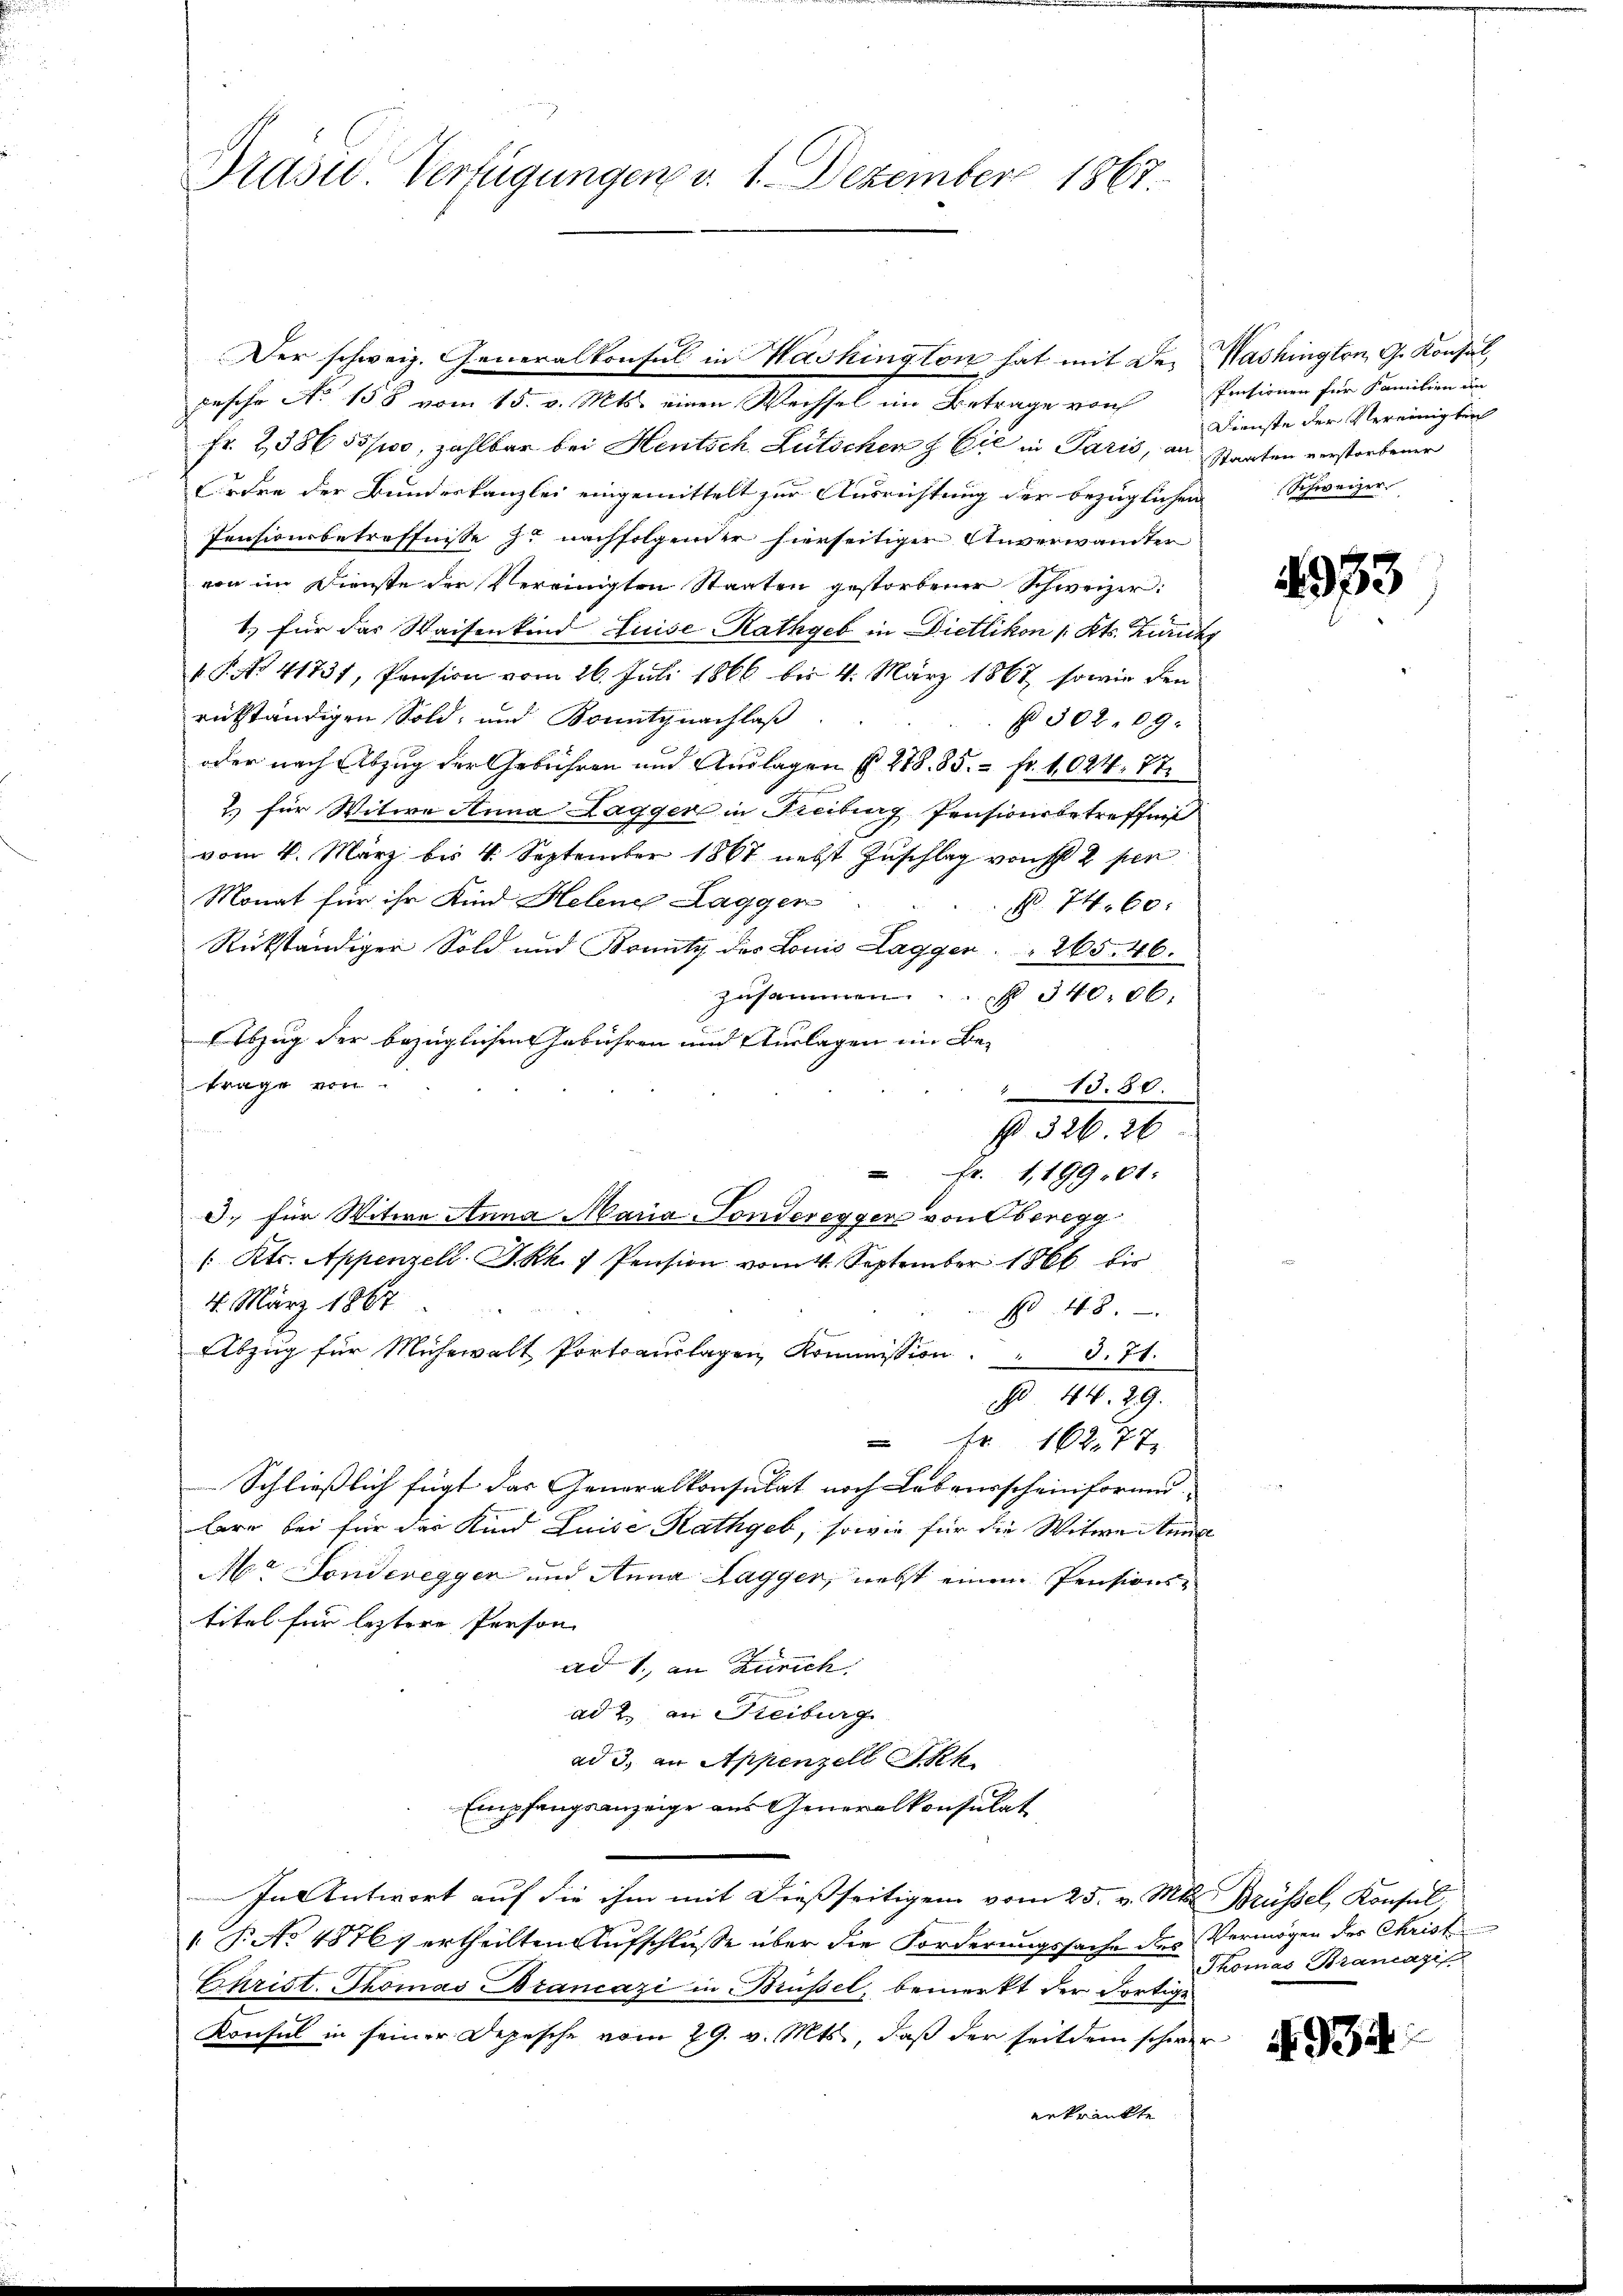
Präsid. Verfügungen v. 1. Dezember 1867.

Der schweiz. Generalkonsul in Washington hat mit de
pesche No 158 vom 15. v. Mts. einen Wechsel im Betrage von
Fr. 2386 sspoo, zahlbar bei Heutsch Lütschen & Cie in Paris, an Staaten verstorbener
Erdre der Bundeskanzlei eingemittelt zur Ausrichtung der bezüglichen Schweizer
Pensionsbetreffnisse zu nachfolgender hierseitiger Unverwandter
von im Dienste der Vereinigten Staaten gestorbener Schweizer:
1.) für das Waisenkind Luise Rathgeb in Dietlikon /: Kts. Zürich
P.P. Nr. 41731, Pension vom 26. Juli 1866 bis 4. März 1867, sowie den
rükständigen Sold, und Bonity nachlaß
N 302. 09:
oder nach Abzug der Gebühren und Auslagen § 278. 85. - Fr. 1024. 77.
2.) für Witwe Anna Lagger in Freiburg Pensionsbetreffen
vom 4. März bis 4. September 1867 nebst Zuschlag von 2 pen
Monat für ihr Kind Helene Laggen
 N. 24. 60.
Rückständiger Sold und Brantz des Louis Lagger.  265. 46.
zusammen. ..  .. 340,00
Abzug der bezüglichen Gebühren und Auslagen im Betrage von
13.80.
§. 326. 26
Fr. 119901:
3. für Witwe Anna Maria Fonderegger von Oberegg
( Kts. Appenzell A.-Rk. 7 Pension vom 4. September 1866 die
4. März 1867
No 48.
Abzŭg für Mühewalt Portoauslagen Kommission. " 3. 71.
§ 44. 29.
 Fr 16277
Schließlich fügt das Generalkonsulat noch Lebensscheinform |
lare bei für das Kind Luise Rathgeb, sowie für die Witwe Anna
Mr Fondereggen und Anna Lagger, nebst einem Pensionstitel für leztere Person |
ad 1., an Zürich.
ad 2. an Freiburg
ad 3. in Appenzell Akk
Empfangsanzeige aus Generalkonsulat
In Antwort auf die ihm mit dießseitigen vom 25. v. Mts. Brüssel, Konsul,
 P. No 1876 ertheilten Aufschlusse über die Forderungssache des Vermögen der Christ
Christ. Thomas Brancazi in Brüssel, bemerkt der Fortige
Konsul in seiner Depesche vom 29. v. Mts., daß der seitdem schwer
enkrankte

Washington G. Konsul,
Pensionen für Familien in
Dienste der Vereinigten

4933

Thomas Branazi

4934